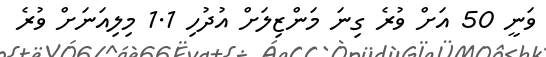
ވަނީ 50 އަށް ވުރެ ގިނަ މަންޒިލަށް އުދުހި 1.1 މިލިއަނަށް ވުރެ